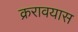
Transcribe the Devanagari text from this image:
क्ररावयास